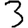
Digit: 3